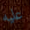
عليه